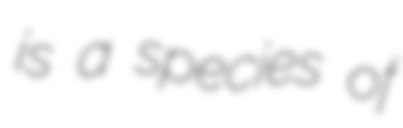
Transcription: is a species of